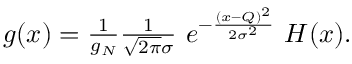
\begin{array} { r } { g ( x ) = \frac { 1 } { g _ { N } } \frac { 1 } { \sqrt { 2 \pi } \sigma } \ e ^ { - \frac { ( x - Q ) ^ { 2 } } { 2 \sigma ^ { 2 } } } \ H ( x ) . } \end{array}